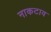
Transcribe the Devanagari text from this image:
नाकटाव